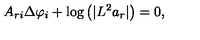
A _ { r i } \Delta \varphi _ { i } + \log \left( \vert L ^ { 2 } a _ { r } \vert \right) = 0 ,